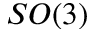
S O ( 3 )